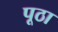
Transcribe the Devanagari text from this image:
पूठा